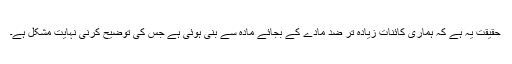
حقیقت یہ ہے کہ ہماری کائنات زیادہ تر ضد مادّے کے بجائے مادّہ سے بنی ہوئی ہے جس کی توضیح کرنی نہایت مشکل ہے۔